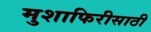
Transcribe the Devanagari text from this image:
मुशाफिरीसाठी